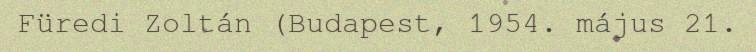
Füredi Zoltán (Budapest, 1954. május 21.